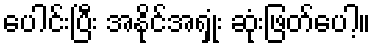
ပေါင်းပြီး အနိုင်အရှုံး ဆုံးဖြတ်ပေါ့။